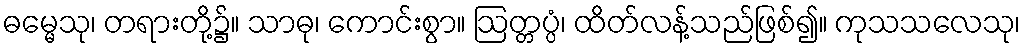
ဓမ္မေသု၊ တရားတို့၌။ သာဓု၊ ကောင်းစွာ။ ဩတ္တပ္ပံ၊ ထိတ်လန့်သည်ဖြစ်၍။ ကုသသလေသု၊